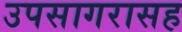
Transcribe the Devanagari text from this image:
उपसागरासह